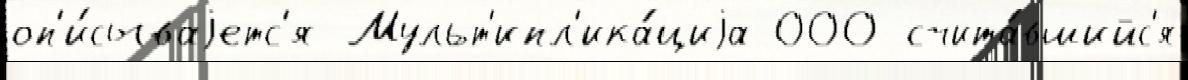
оп'и́сываjетс'я Мульт'ипл'ика́циjа 000 счита́вшийс'я